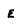
Character: E